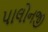
પાલોનજી